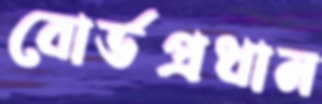
বোর্ডপ্রধান